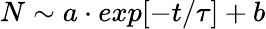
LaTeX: N\sim a\cdot exp[-t/\tau]+b